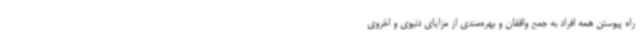
راه پیوستن همه افراد به جمع واقفان و بهره‌مندی از مزایای دنیوی و اخروی